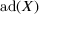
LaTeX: \operatorname { a d } ( X )